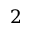
2